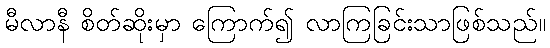
မီလာနီ စိတ်ဆိုးမှာ ကြောက်၍ လာကြခြင်းသာဖြစ်သည်။